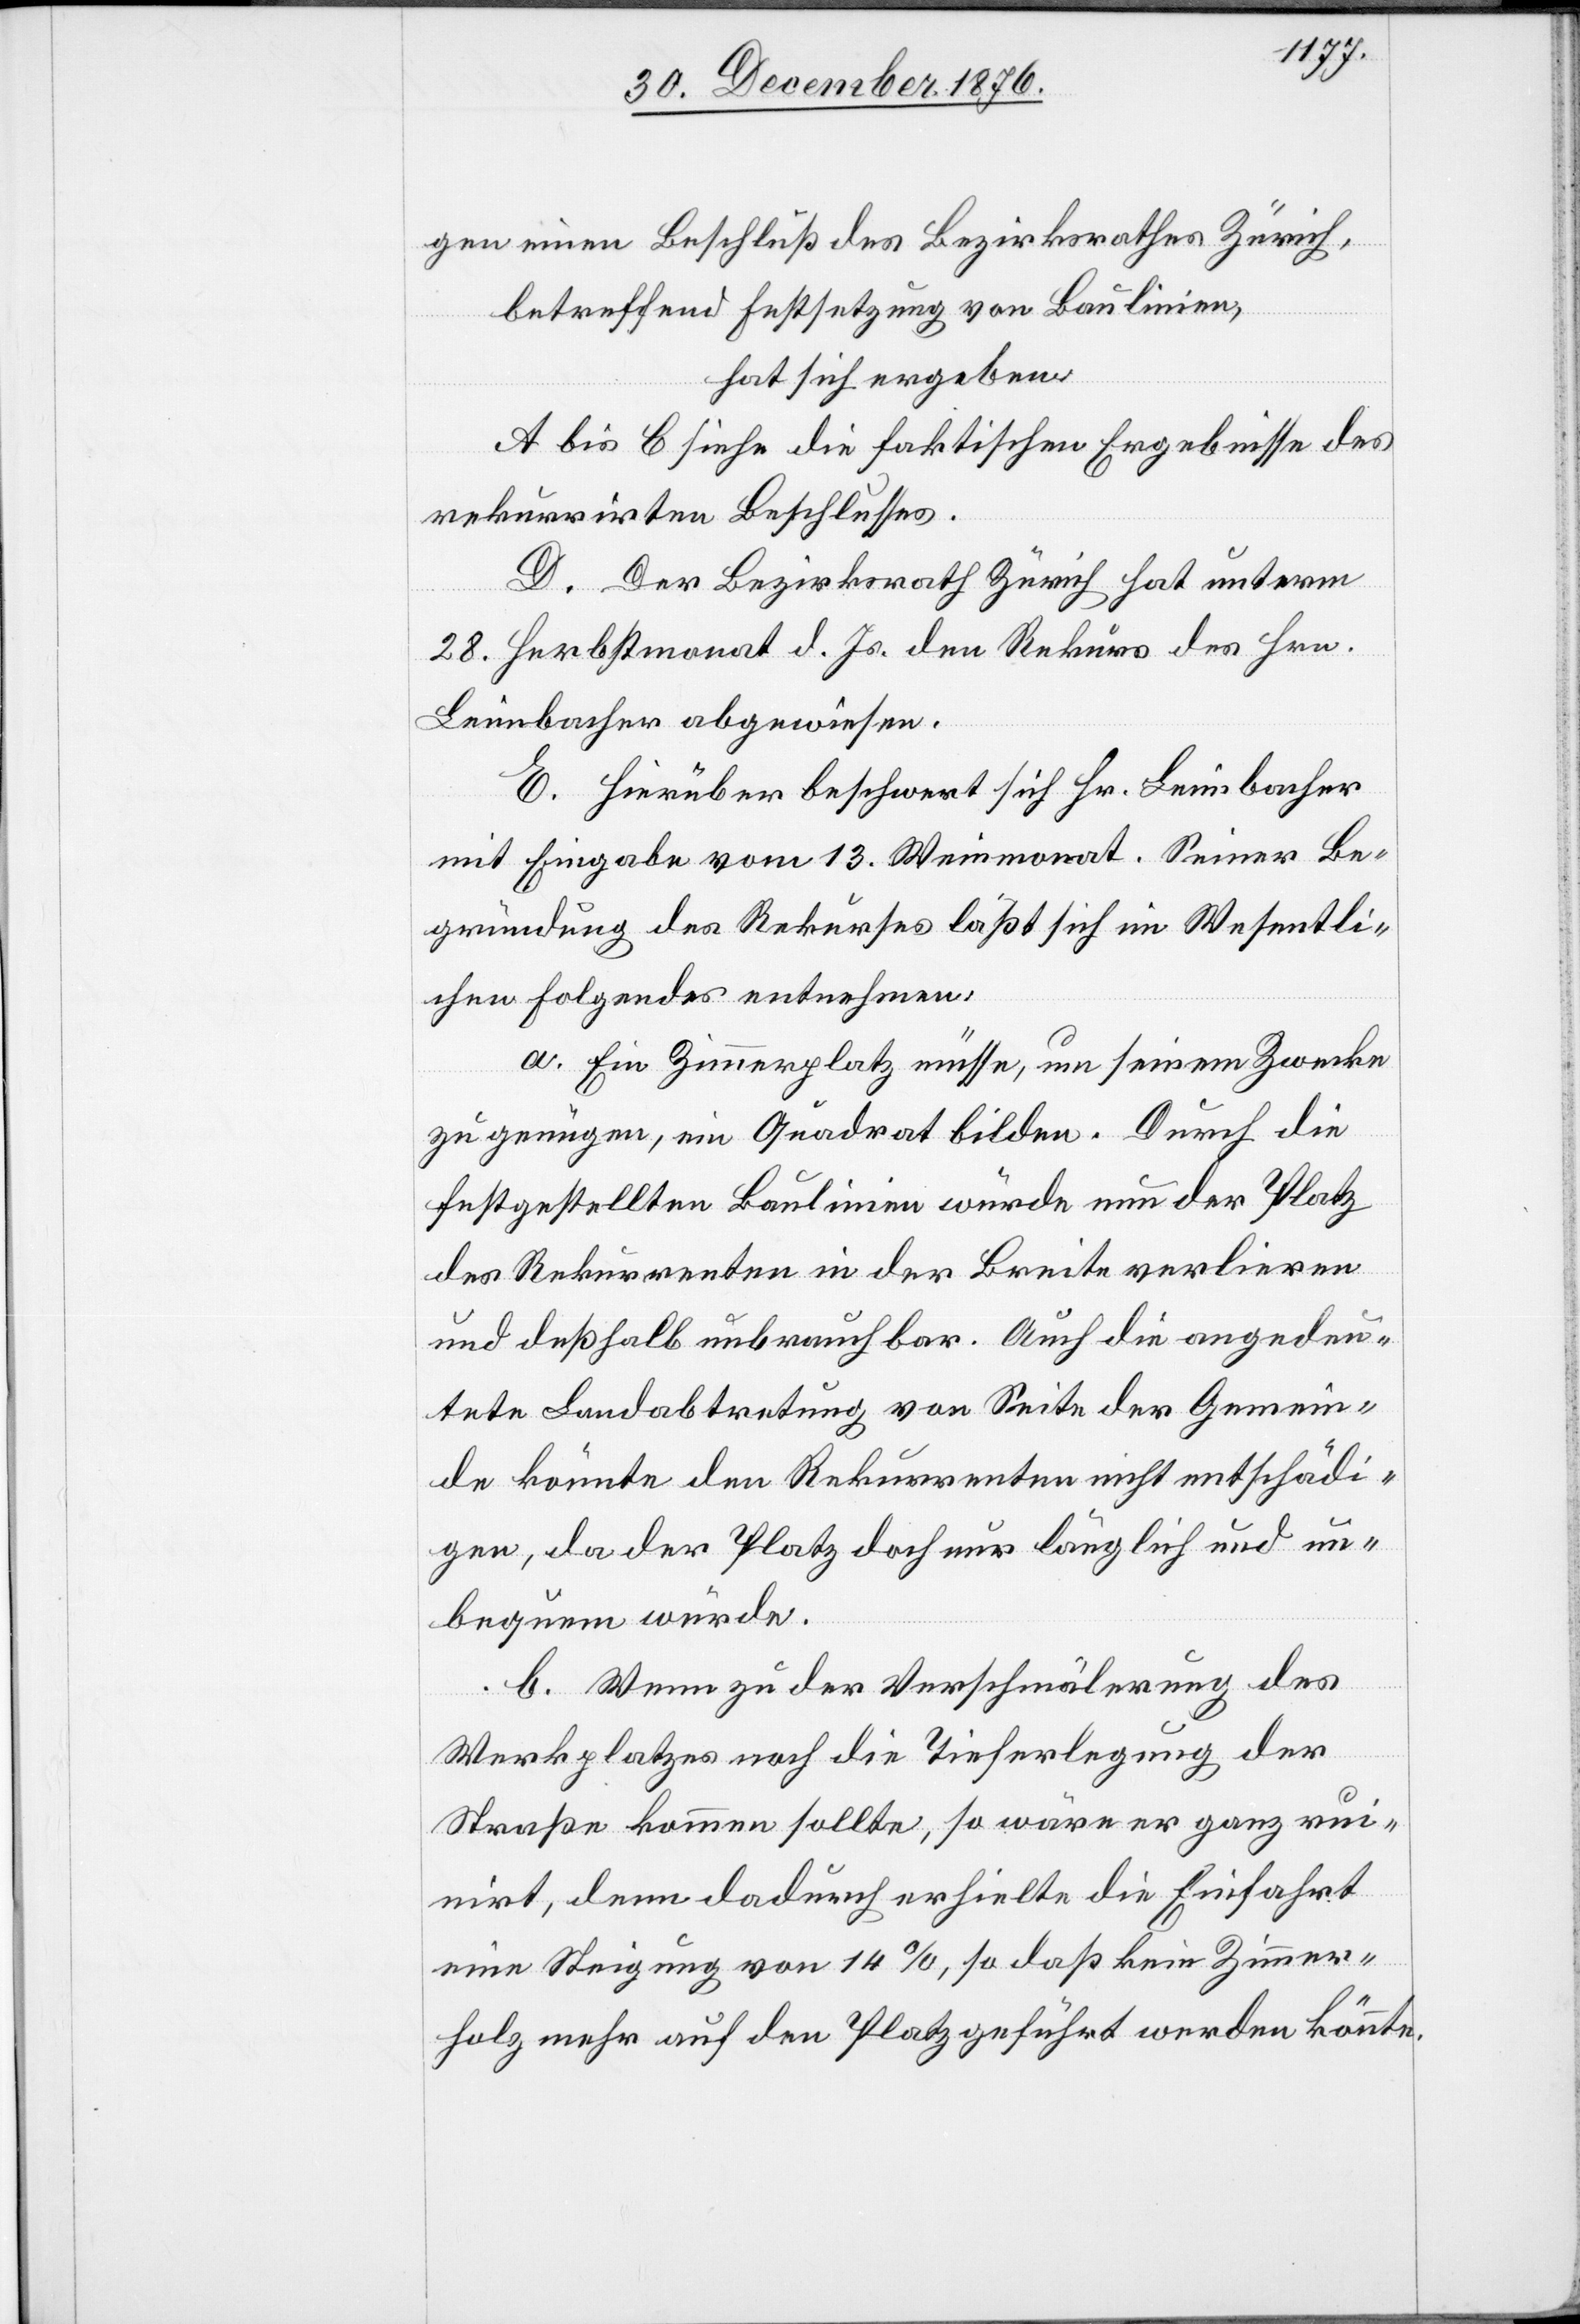
gen einen Beschluß des Bezirksrathes Zürich,
betreffend Festsetzung von Baulinien,
hat sich ergeben:
A bis C siehe die faktischen Ergebnisse des
rekurrirten Beschlusses.
D. Der Bezirksrath Zürich hat unterm
28. Herbstmonat d. Js. den Rekurs des Hrn.
Leimbacher abgewiesen.
E. Hierüber beschwert sich Hr. Leimbacher
mit Eingabe vom 13. Weinmonat. Seiner Be¬
gründung des Rekurses läßt sich im Wesentli¬
chen Folgendes entnehmen:
a. Ein Zimmerplatz müsse, um seinem Zwecke
zu genügen, ein Quadrat bilden. Durch die
festgestellten Baulinien würde nun der Platz
des Rekurrenten in der Breite verlieren
und deßhalb unbrauchbar. Auch die angedeu¬
tete Landabtretung von Seite der Gemein¬
de könnte den Rekurrenten nicht entschädi¬
gen, da der Platz doch nur länglich und un¬
bequem würde.
b. Wenn zu der Verschmälerung des
Werkplatzes noch die Tieferlegung der
Straße kommen sollte, so wäre er ganz rui¬
nirt, denn dadurch erhielte die Einfahrt
eine Steigung von 14%, so daß kein Zimmer¬
holz mehr auf den Platz geführt werden könnte.